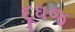
દૂધજ